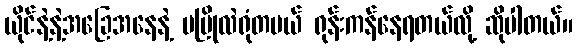
ယိုင်နဲ့နဲ့အခြေအနေနဲ့ မပြိုလဲရုံတမယ် ရုန်းကန်နေရတယ်လို့ ဆိုပါတယ်။